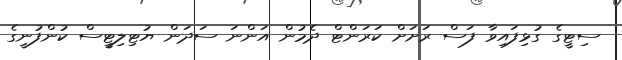
ސިޓީގެ ގުޅިފައިވާ ފަސް ރަށަށް ކަރަންޓް ދެމުން އަންނަ ސަދަން ޔުޓިލިޓީސް ކުންފުނީގެ